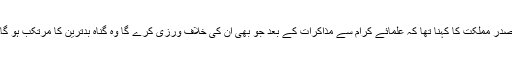
صدر مملکت کا کہنا تھا کہ علمائے کرام سے مذاکرات کے بعد جو بھی ان کی خلاف ورزی کرے گا وہ گناہ بدترین کا مرتکب ہو گا۔